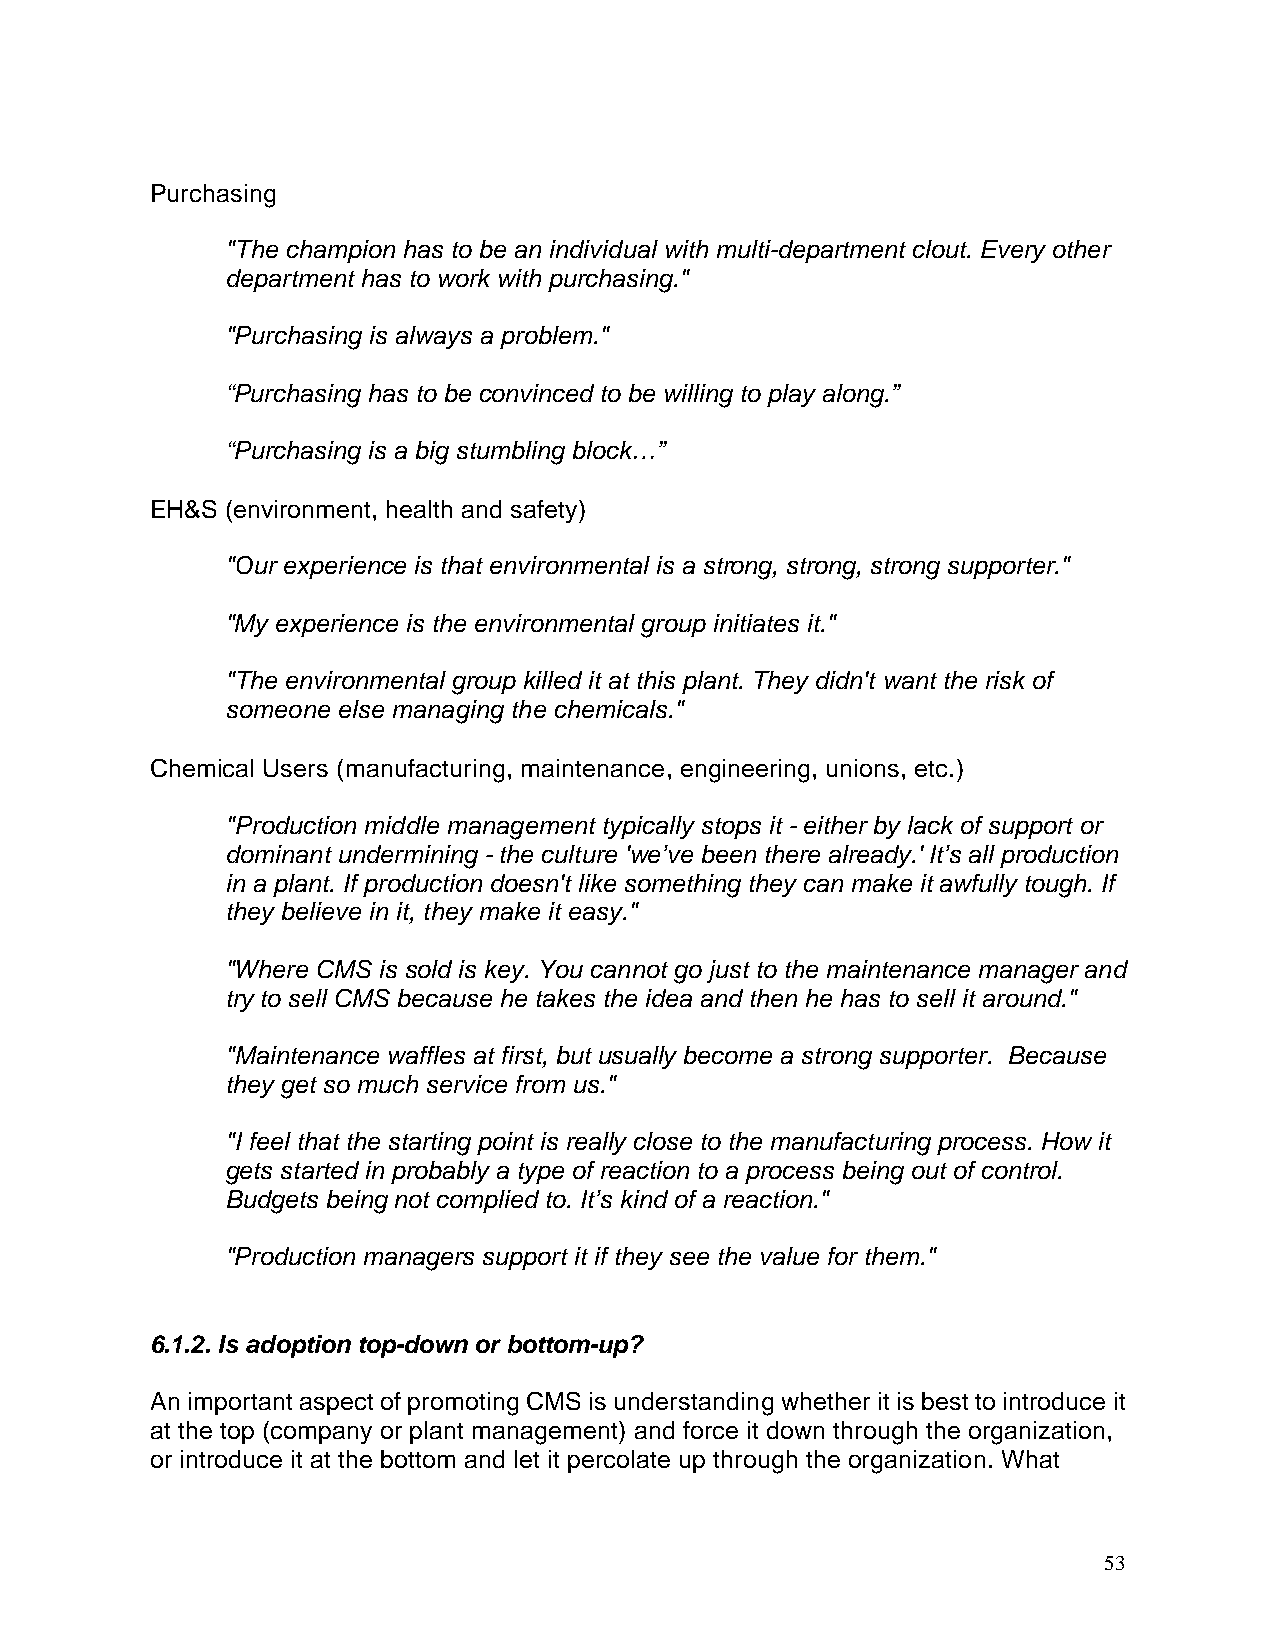
Purchasing
 "The champion has to be an individual with multi-department clout. Every other
 department has to work with purchasing."
 "Purchasing is always a problem."
 “Purchasing has to be convinced to be willing to play along.”
 “Purchasing is a big stumbling block…”
 EH&S (environment, health and safety)
 "Our experience is that environmental is a strong, strong, strong supporter."
 "My experience is the environmental group initiates it."
 "The environmental group killed it at this plant. They didn't want the risk of
 someone else managing the chemicals."
 Chemical Users (manufacturing, maintenance, engineering, unions, etc.)
 "Production middle management typically stops it - either by lack of support or
 dominant undermining - the culture 'we’ve been there already.' It’s all production
 in a plant. If production doesn't like something they can make it awfully tough. If
 they believe in it, they make it easy."
 "Where CMS is sold is key. You cannot go just to the maintenance manager and
 try to sell CMS because he takes the idea and then he has to sell it around."
 "Maintenance waffles at first, but usually become a strong supporter. Because
 they get so much service from us."
 "I feel that the starting point is really close to the manufacturing process. How it
 gets started in probably a type of reaction to a process being out of control.
 Budgets being not complied to. It’s kind of a reaction."
 "Production managers support it if they see the value for them."
 6.1.2. Is adoption top-down or bottom-up?
 An important aspect of promoting CMS is understanding whether it is best to introduce it
 at the top (company or plant management) and force it down through the organization,
 or introduce it at the bottom and let it percolate up through the organization. What
 53